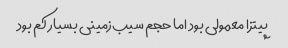
پیتزا معمولی بود اما حجم سیب‌زمینی بسیار کم بود